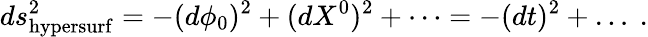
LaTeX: ds_{\mathrm{hypersurf}}^{2}=-(d\phi_{0})^{2}+(dX^{0})^{2}+\dots=-(dt)^{2}+\dots~.